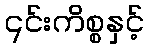
၎င်းကိစ္စနှင့်